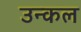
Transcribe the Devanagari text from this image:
उन्कल